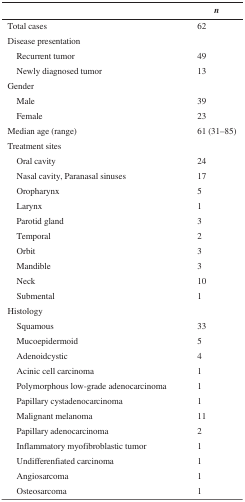
|  | n |
 | --- | --- |
 | Total cases | 62 |
 | Disease presentation |  |
 | Recurrent tumor | 49 |
 | Newly diagnosed tumor | 13 |
 | Gender |  |
 | Male | 39 |
 | Female | 23 |
 | Median age (range) | 61 (31–85) |
 | Treatment sites |  |
 | Oral cavity | 24 |
 | Nasal cavity, Paranasal sinuses | 17 |
 | Oropharynx | 5 |
 | Larynx | 1 |
 | Parotid gland | 3 |
 | Temporal | 2 |
 | Orbit | 3 |
 | Mandible | 3 |
 | Neck | 10 |
 | Submental | 1 |
 | Histology |  |
 | Squamous | 33 |
 | Mucoepidermoid | 5 |
 | Adenoidcystic | 4 |
 | Acinic cell carcinoma | 1 |
 | Polymorphous low-grade adenocarcinoma | 1 |
 | Papillary cystadenocarcinoma | 1 |
 | Malignant melanoma | 11 |
 | Papillary adenocarcinoma | 2 |
 | Inflammatory myofibroblastic tumor | 1 |
 | Undifferenfiated carcinoma | 1 |
 | Angiosarcoma | 1 |
 | Osteosarcoma | 1 |